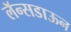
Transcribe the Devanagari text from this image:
लॅन्सडाऊन